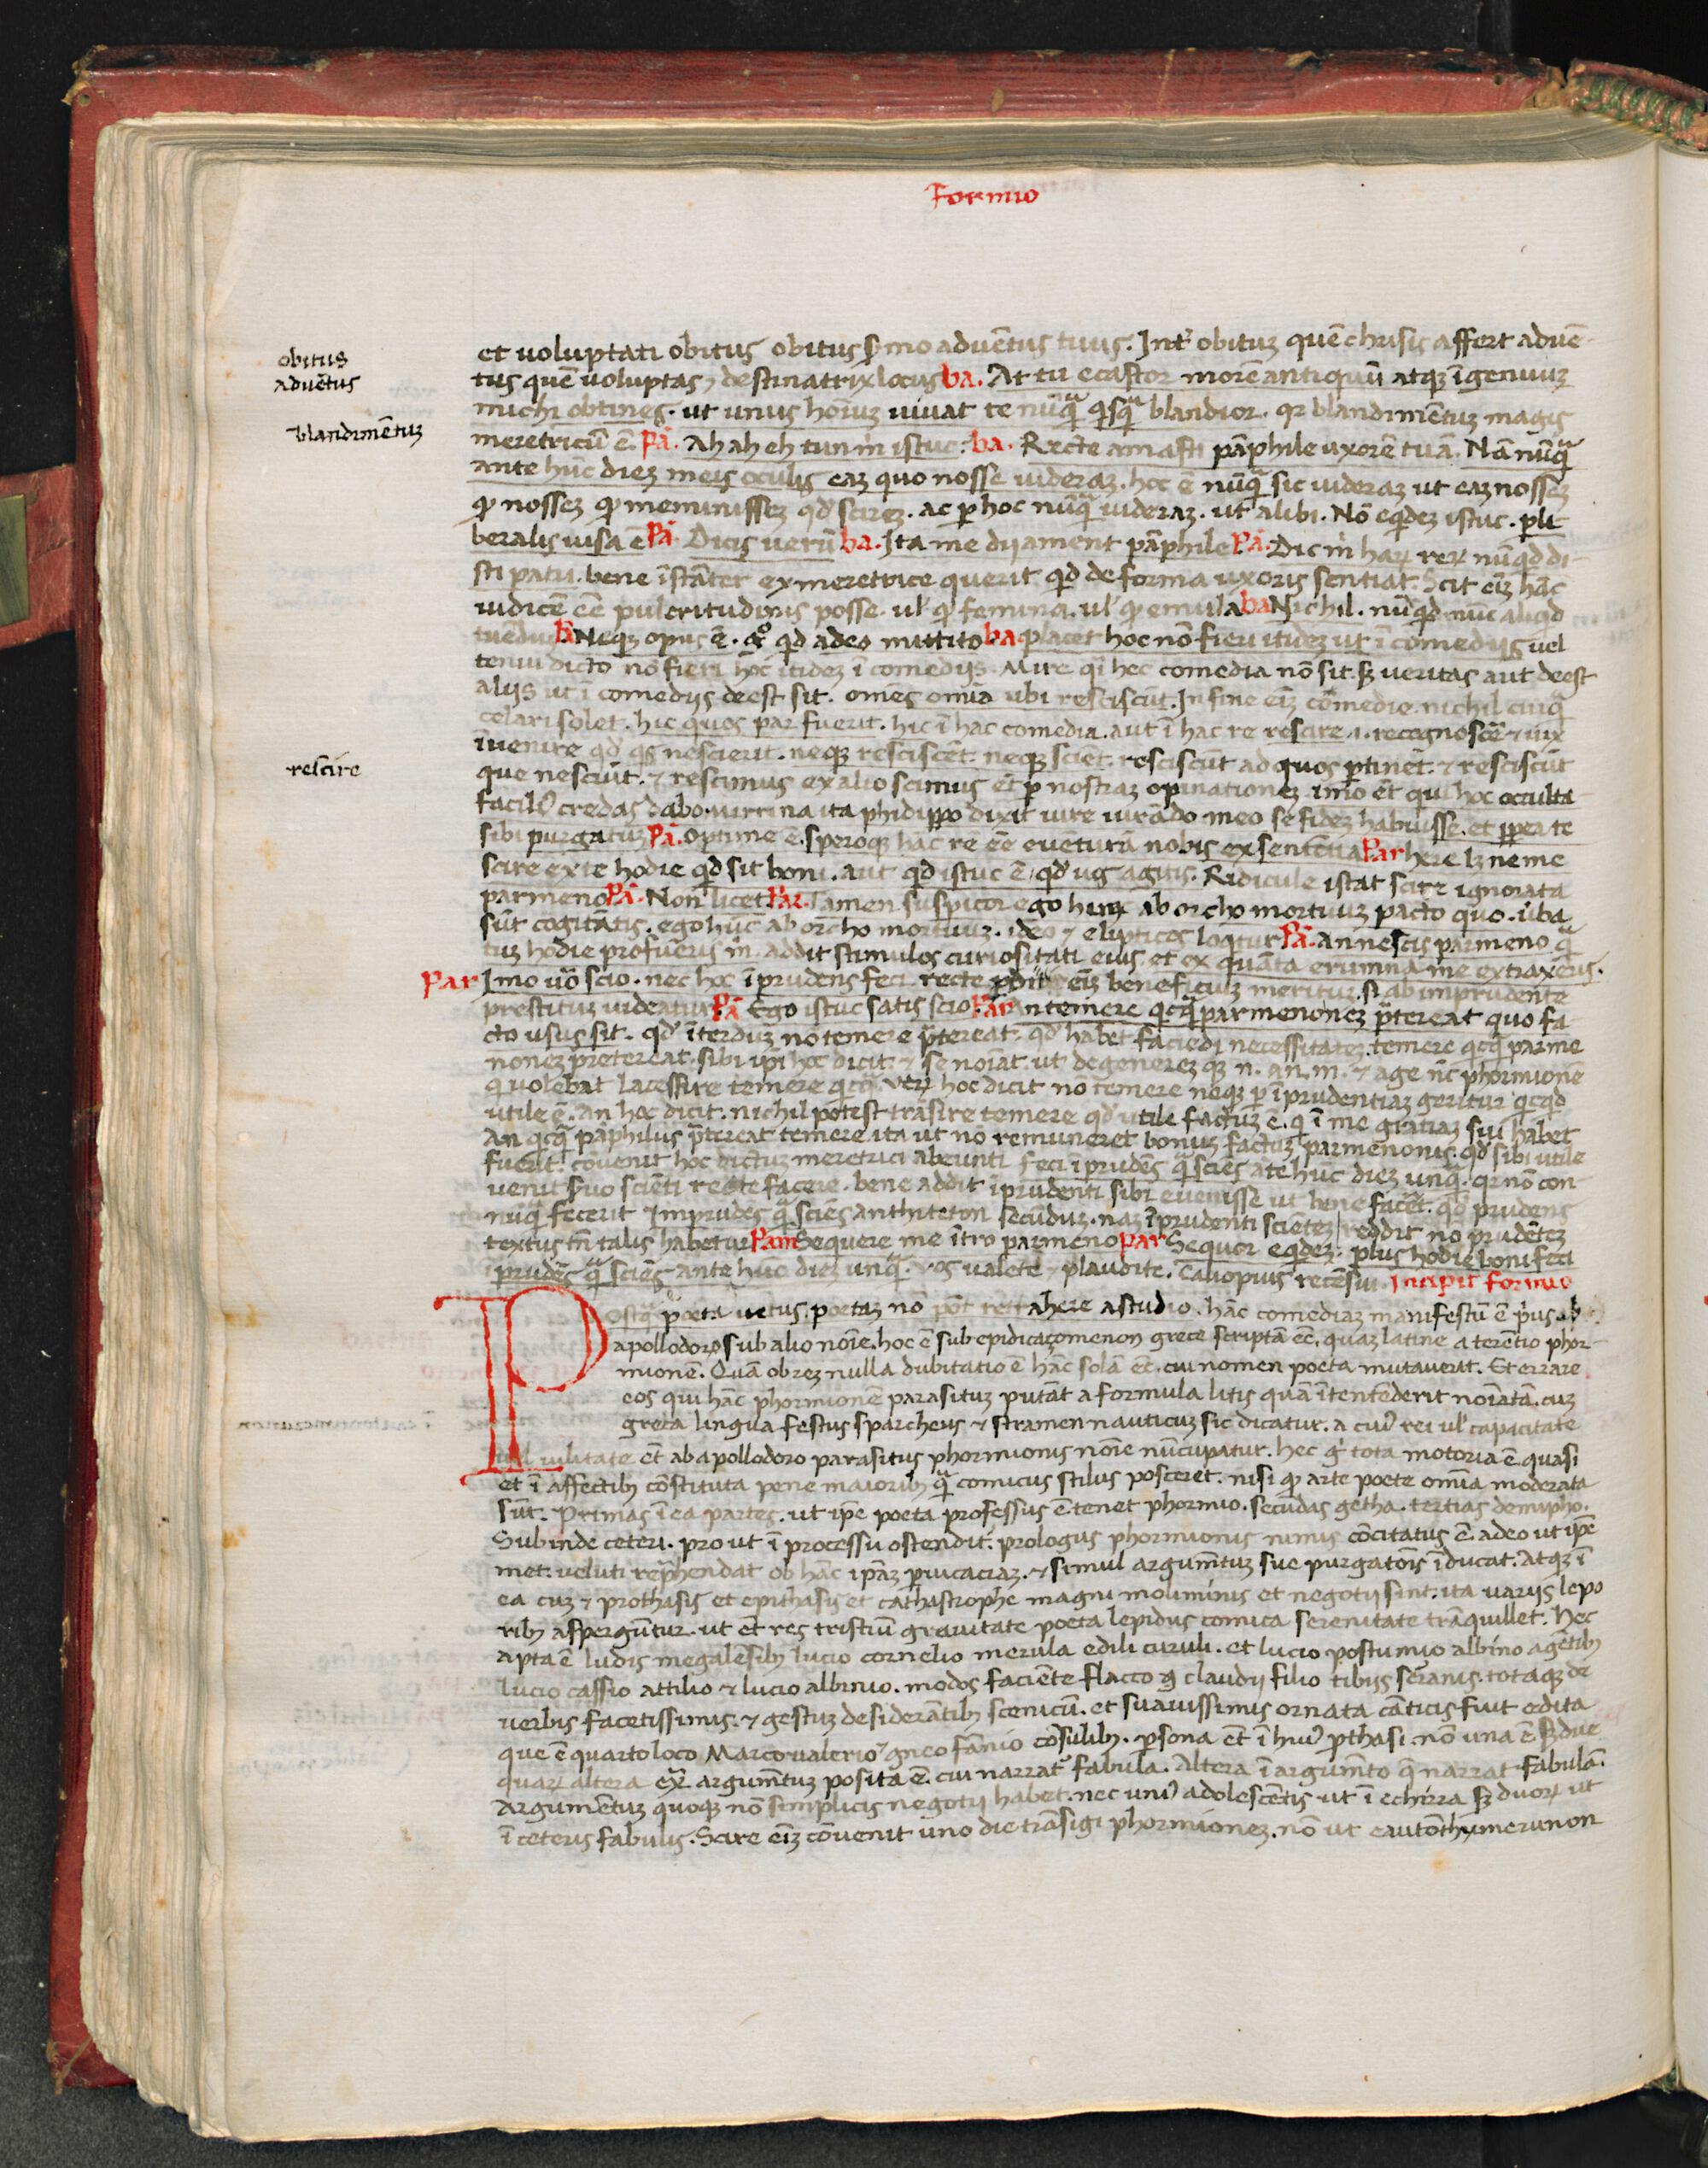
Shelfmark: Florence, Biblioteca Medicea Laurenziana, Laur. Plut. 53.08
Century: 15